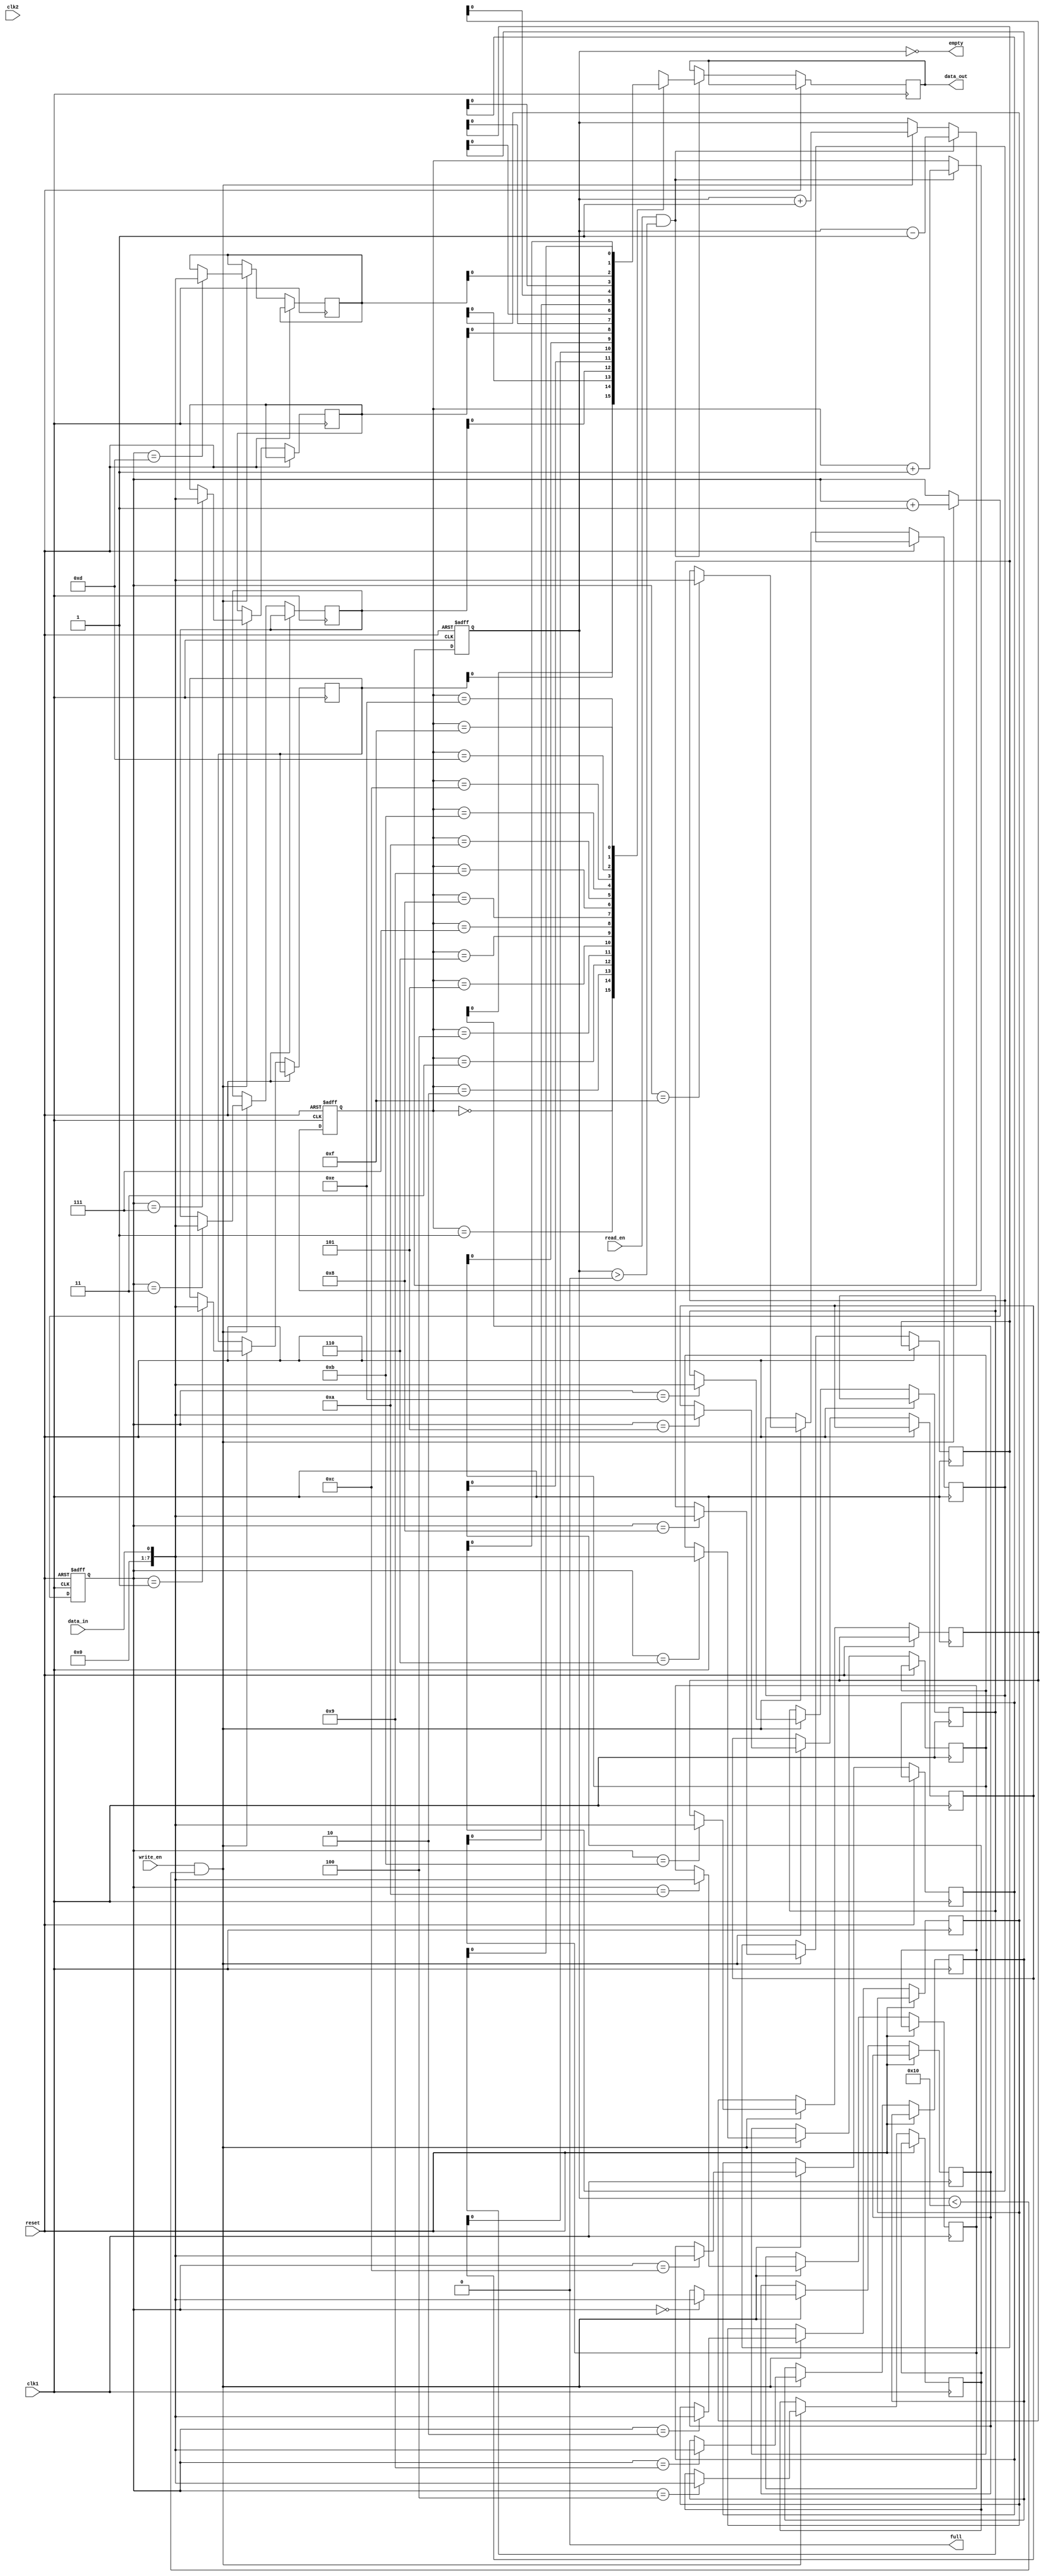
module Last_Word_Fall_Through_FIFO (
    input wire clk1,      // Clock signal for first clock domain
    input wire clk2,      // Clock signal for second clock domain
    input wire reset,     // Reset signal for FIFO buffer
    input wire write_en,  // Write enable signal
    input wire read_en,   // Read enable signal
    input wire data_in,   // Data input
    output wire data_out, // Data output
    output wire full,     // Flag indicating buffer is full
    output wire empty     // Flag indicating buffer is empty
);

parameter DEPTH = 16;    // Depth of FIFO buffer

reg [7:0] fifo [0:DEPTH-1];
reg [3:0] write_ptr = 0;
reg [3:0] read_ptr = 0;
reg [1:0] count = 0;

always @(posedge clk1 or posedge reset) begin
    if (reset) begin
        write_ptr <= 0;
        read_ptr <= 0;
        count <= 0;
    end else begin
        if (write_en && (count < DEPTH)) begin
            fifo[write_ptr] <= data_in;
            write_ptr <= write_ptr + 1;
            count <= count + 1;
        end
        if (read_en && (count > 0)) begin
            data_out <= fifo[read_ptr];
            read_ptr <= read_ptr + 1;
            count <= count - 1;
        end
    end
end

assign full = (count == DEPTH);
assign empty = (count == 0);

endmodule